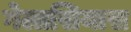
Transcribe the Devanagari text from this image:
गेलासियास